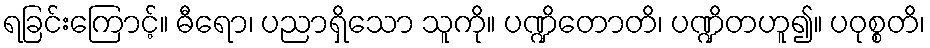
ရခြင်းကြောင့်။ ဓီရော၊ ပညာရှိသော သူကို။ ပဏ္ဍိတောတိ၊ ပဏ္ဍိတဟူ၍။ ပဝုစ္စတိ၊